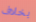
بخلاف